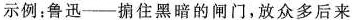
示例：鲁迅--掮住黑暗的闸门，放众多后来